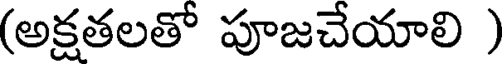
(అక్షతలతో పూజచేయాలి )